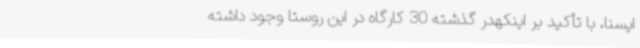
ایسنا، با تأکید بر اینکهدر گذشته 30 کارگاه در این روستا وجود داشته